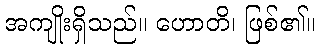
အကျိုးရှိသည်။ ဟောတိ၊ ဖြစ်၏။